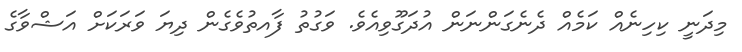
މިދަނީ ކިހިނެއް ކަމެއް ދެނެގަންނަން އުދަގޫވިއެވެ. ވަގުތު ފާއތުވެގެން ދިޔަ ވަރަކަށް އަޝްވާގެ